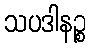
သပဒါနဉ္စ